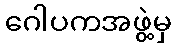
ဂေါပကအဖွဲ့မှ